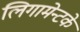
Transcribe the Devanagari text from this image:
लिगामेन्टके